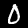
Label: 0